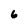
Character: 6